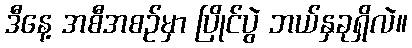
ဒီနေ့ အစီအစဉ်မှာ ပြိုင်ပွဲ ဘယ်နှခုရှိလဲ။